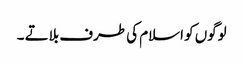
لوگوں کو اسلام کی طرف بلاتے ۔